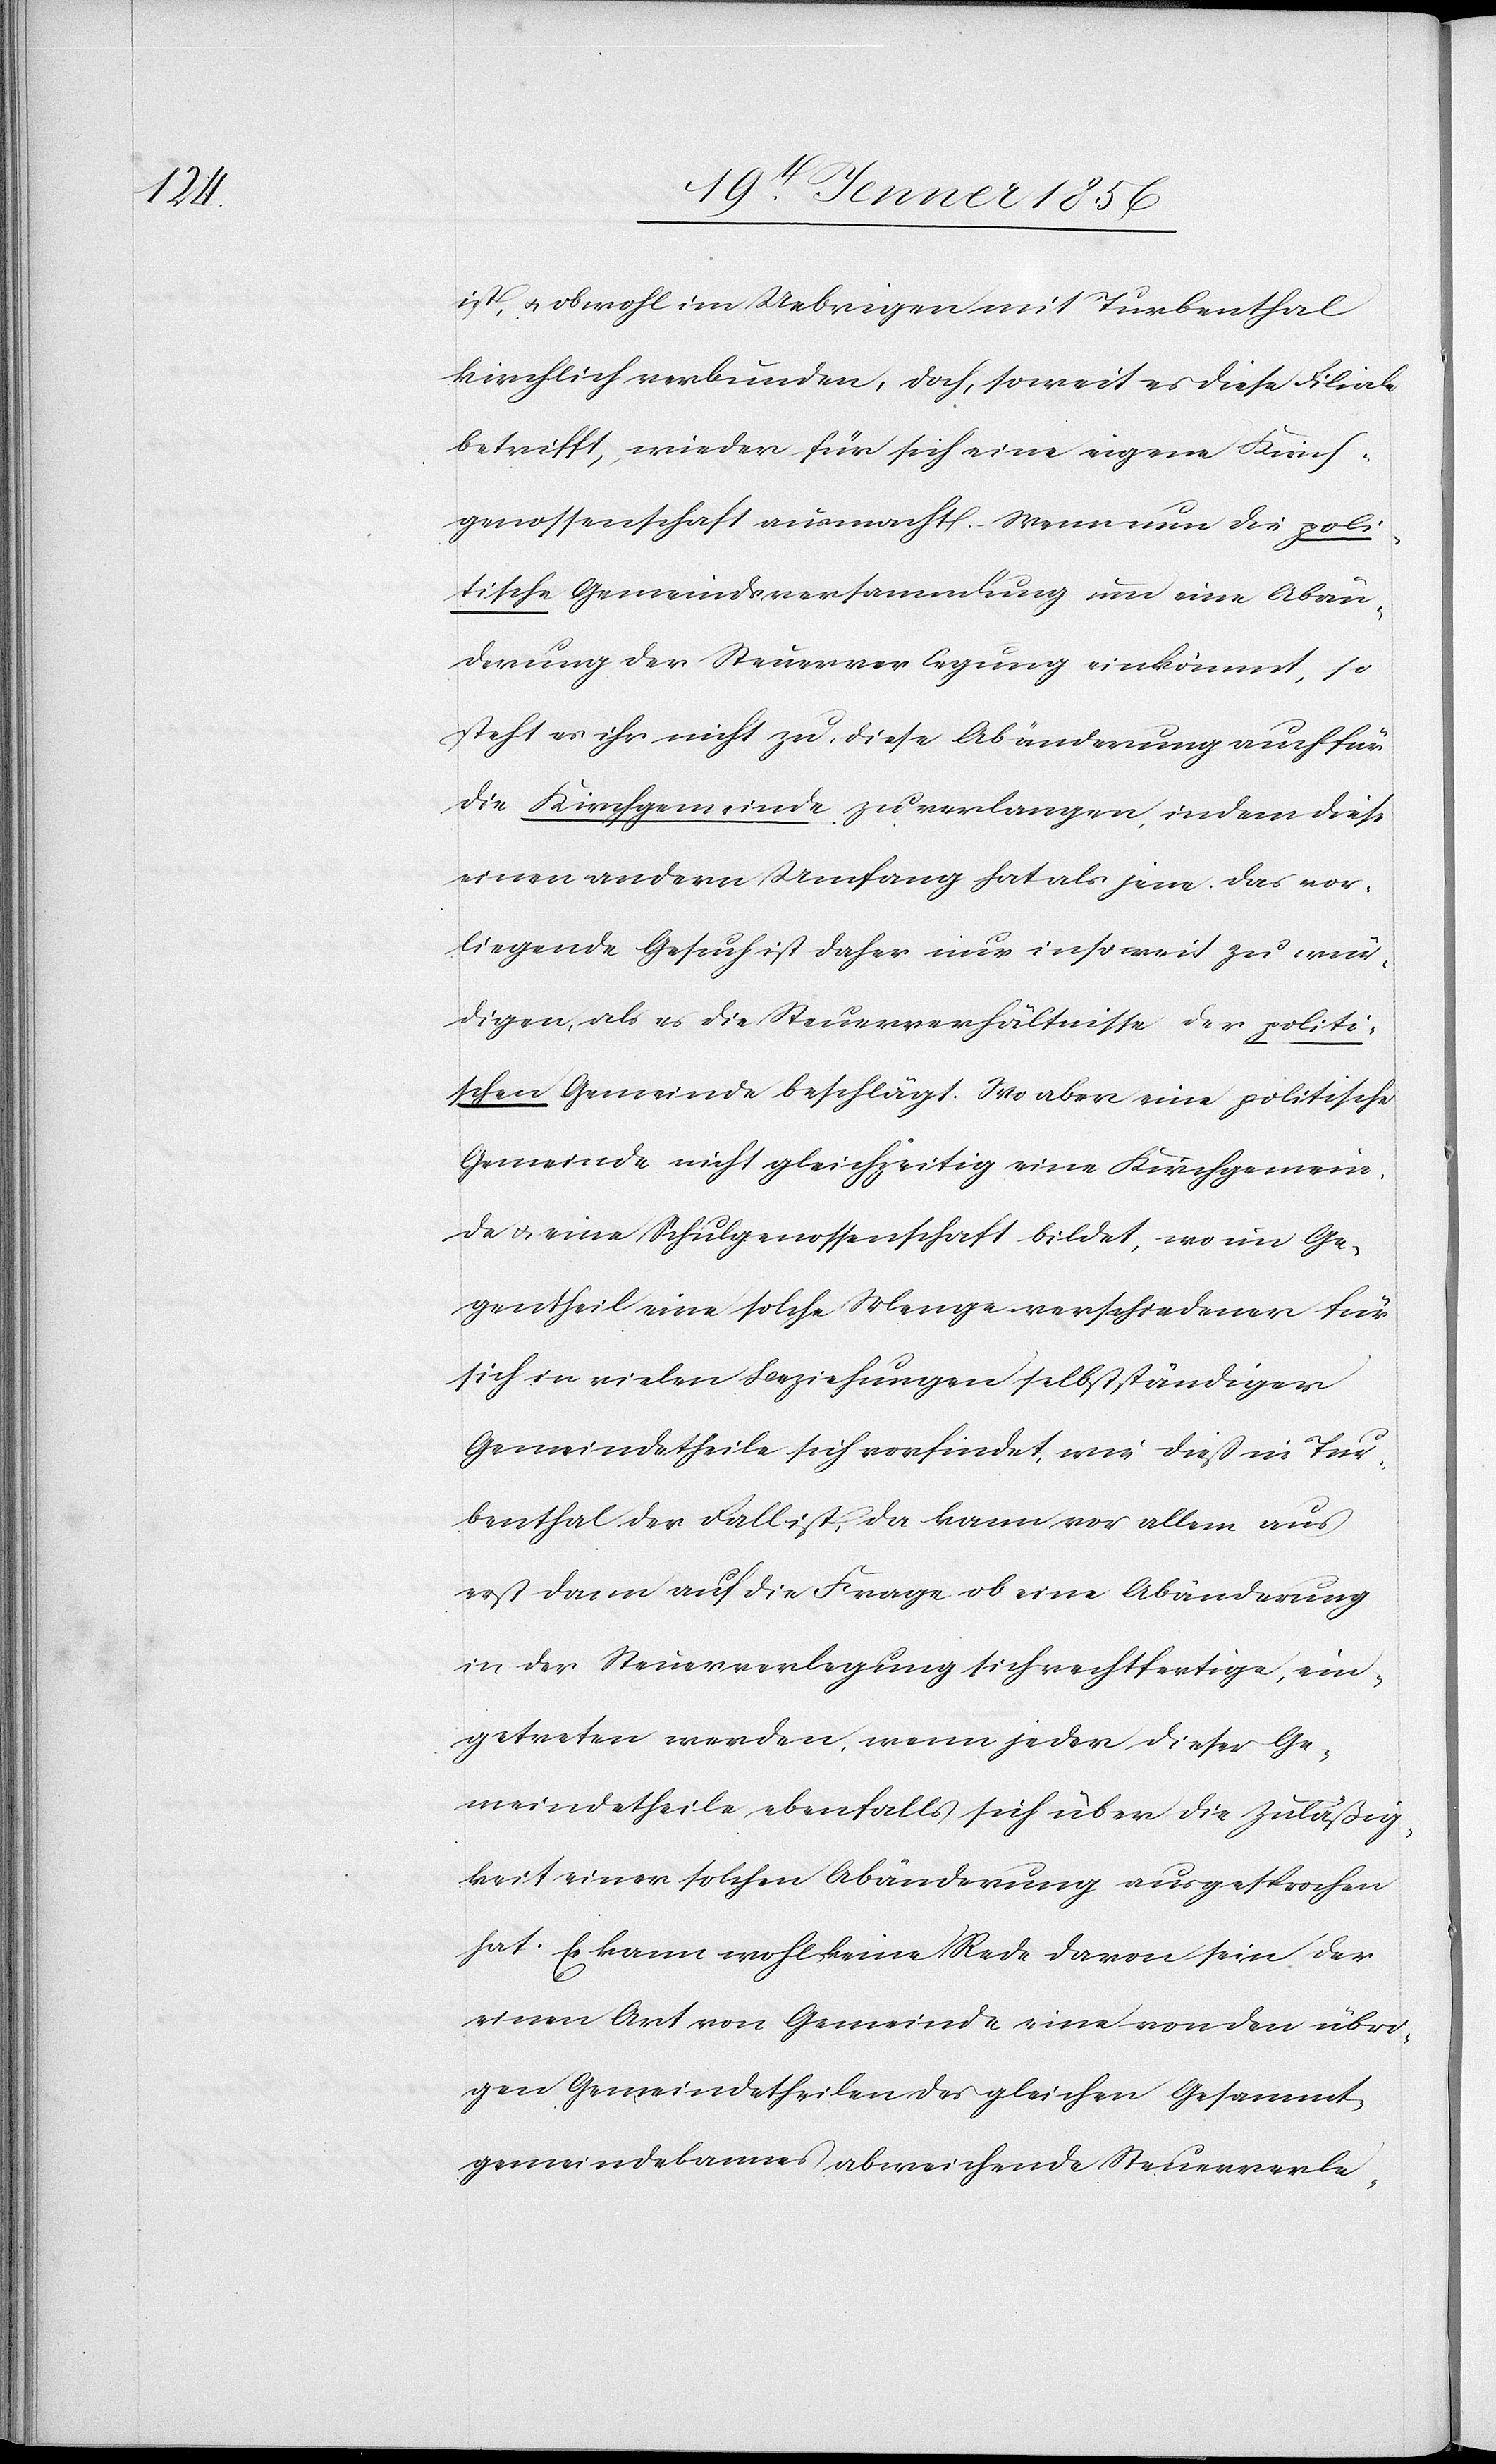
ist, u. obwohl im Uebrigen mit Turbenthal
kirchlich verbunden, doch, soweit es diese Filiale
betrifft, wieder für sich eine eigene Kirch¬
genossenschaft ausmacht. Wenn man die poli¬
tische Gemeindsversammlung um eine Abän¬
derung der Steuerverlegung einkömmt, so
steht es ihr nicht zu, diese Abänderung auch für
die Kirchgemeinde zu verlangen, indem diese
einen andern Umfang hat als jene. Das vor¬
liegende Gesuch ist daher nur insoweit zu wür¬
digen, als es die Steuerverhältnisse der politi¬
schen Gemeinde beschlägt. Wo aber eine politische
Gemeinde nicht gleichzeitig eine Kirchgemein¬
de u. eine Schulgenossenschaft bildet, wo im Ge¬
gentheil eine solche Menge verschiedener für
sich in vielen Beziehungen selbstständiger
Gemeindetheile sich vorfindet, wie dieß in Tur¬
benthal der Fall ist, da kann vor allem aus
erst dann auf die Frage ob eine Abänderung
in der Steuerverlegung sich rechtfertige, ein¬
getreten werden, wenn jeder dieser Ge¬
meindetheile ebenfalls sich über die Zuläßig¬
keit einer solchen Abänderung ausgesprochen
hat. Es kann wohl keine Rede davon sein der
einen Art von Gemeinde eine von den übri¬
gen Gemeindetheilen des gleichen Gesammt¬
gemeindebannes abweichende Steuerverle-